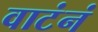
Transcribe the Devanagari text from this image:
वाटंनं